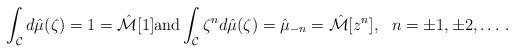
LaTeX: \begin{align*} \int_{\mathcal{C}} d \hat{\mu}(\zeta) = 1 = \mathcal{\hat{M}}[1] \mbox{and} \int_{\mathcal{C}} \zeta^{n} d \hat{\mu}(\zeta) = \hat{\mu}_{-n}= \mathcal{\hat{M}}[z^n], \ \ n =\pm 1,\pm 2, \ldots\, .\end{align*}